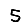
Digit: 5